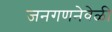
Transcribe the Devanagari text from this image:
जनगणनेवेळी